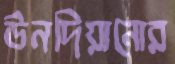
উনদিয়ানোর